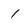
Character: 1